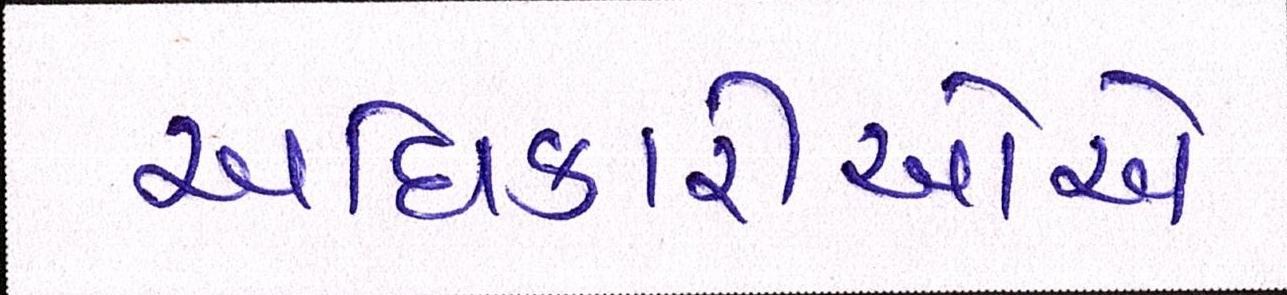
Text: અધિકારીઓએ